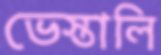
ভেস্তালি